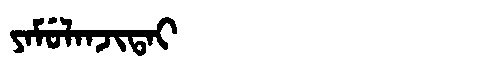
Manchu: ᠶᠠᠮᡠᠯᠠᠨᠵᡳᡨᠠᡳ
Romanization: YAMULANJITAI